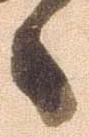
候